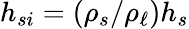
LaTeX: h_{si}=(\rho_{s}/\rho_{\ell})h_{s}